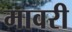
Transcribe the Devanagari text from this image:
मावरी